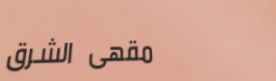
مقهى الشرق